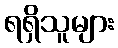
ရရှိသူများ